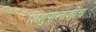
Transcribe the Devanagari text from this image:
शिशुपालाशीच